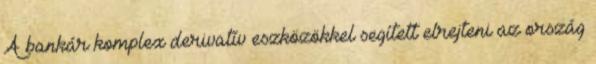
A bankár komplex derivatív eszközökkel segített elrejteni az ország